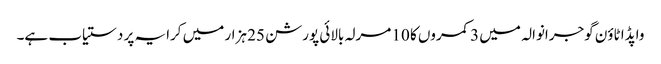
واپڈا ٹاؤن گوجرانوالہ میں 3 کمروں کا 10 مرلہ بالائی پورشن 25 ہزار میں کرایہ پر دستیاب ہے۔